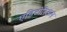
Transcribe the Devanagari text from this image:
एडिटोरिअल